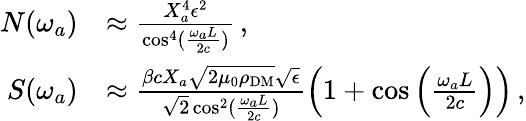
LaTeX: \begin{array}{rl}{N(\omega_{a})}&{\approx\frac{X_{a}^{4}\epsilon^{2}}{\cos^{4}(\frac{\omega_{a}L}{2c})}\, ,}\\ {S(\omega_{a})}&{\approx\frac{\beta cX_{a}\sqrt{2\mu_{0}\rho_{\mathrm{DM}}}\sqrt{\epsilon}}{\sqrt{2}\cos^{2}(\frac{\omega_{a}L}{2c})}\left(1+\cos\left(\frac{\omega_{a}L}{2c}\right)\right)\, ,}\end{array}